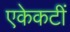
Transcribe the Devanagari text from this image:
एकेकटीं